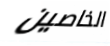
الخاصين